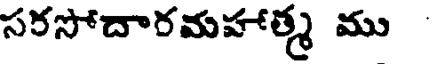
సరసోదారమహాత్మ ము